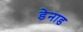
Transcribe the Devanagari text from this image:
डेनाड